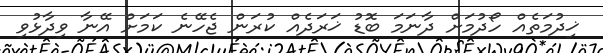
ޚިދުމަތެއް ހޯދުމަށް ދާނަމަ ބޮޑު ޚަރަދެއް ކުރަން ޖެހޭނެ ކަމަށް އޭނާ ވިދާޅުވި